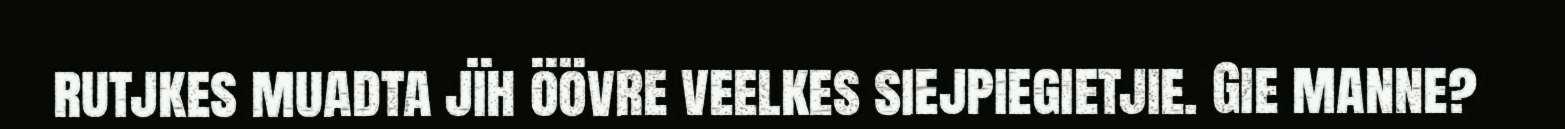
rutjkes muadta jïh öövre veelkes siejpiegietjie. Gie manne?